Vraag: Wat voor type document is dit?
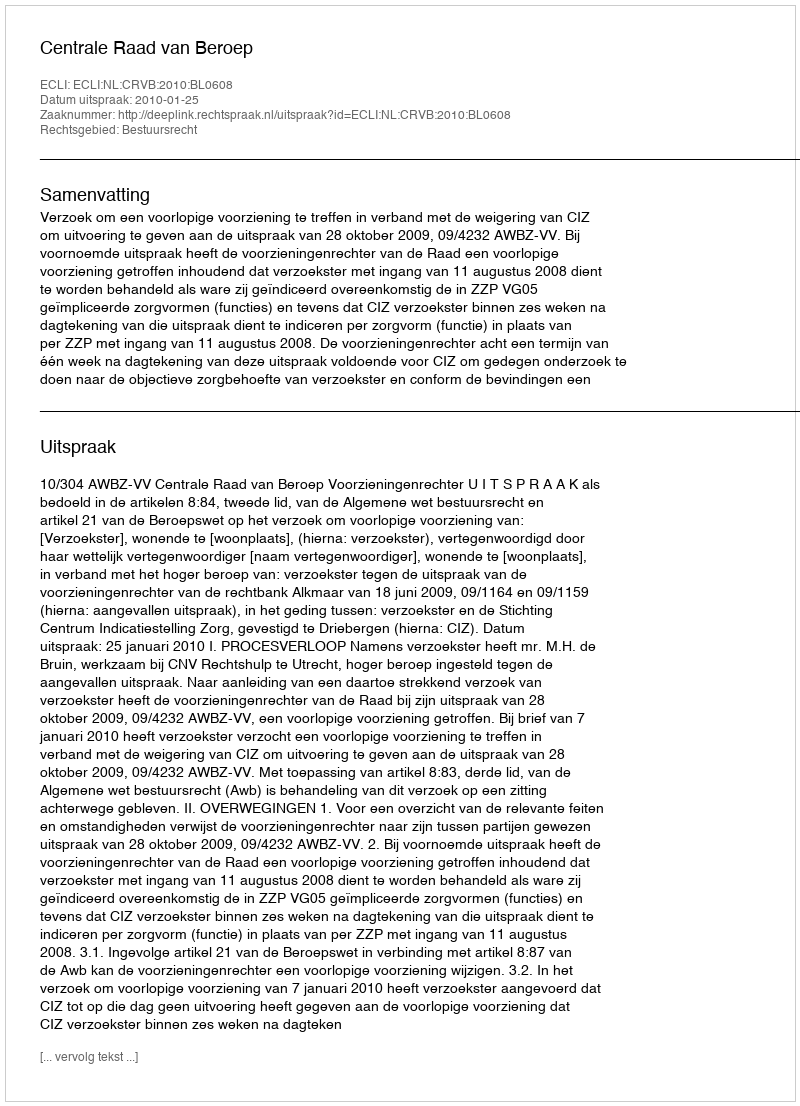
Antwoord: Uitspraak